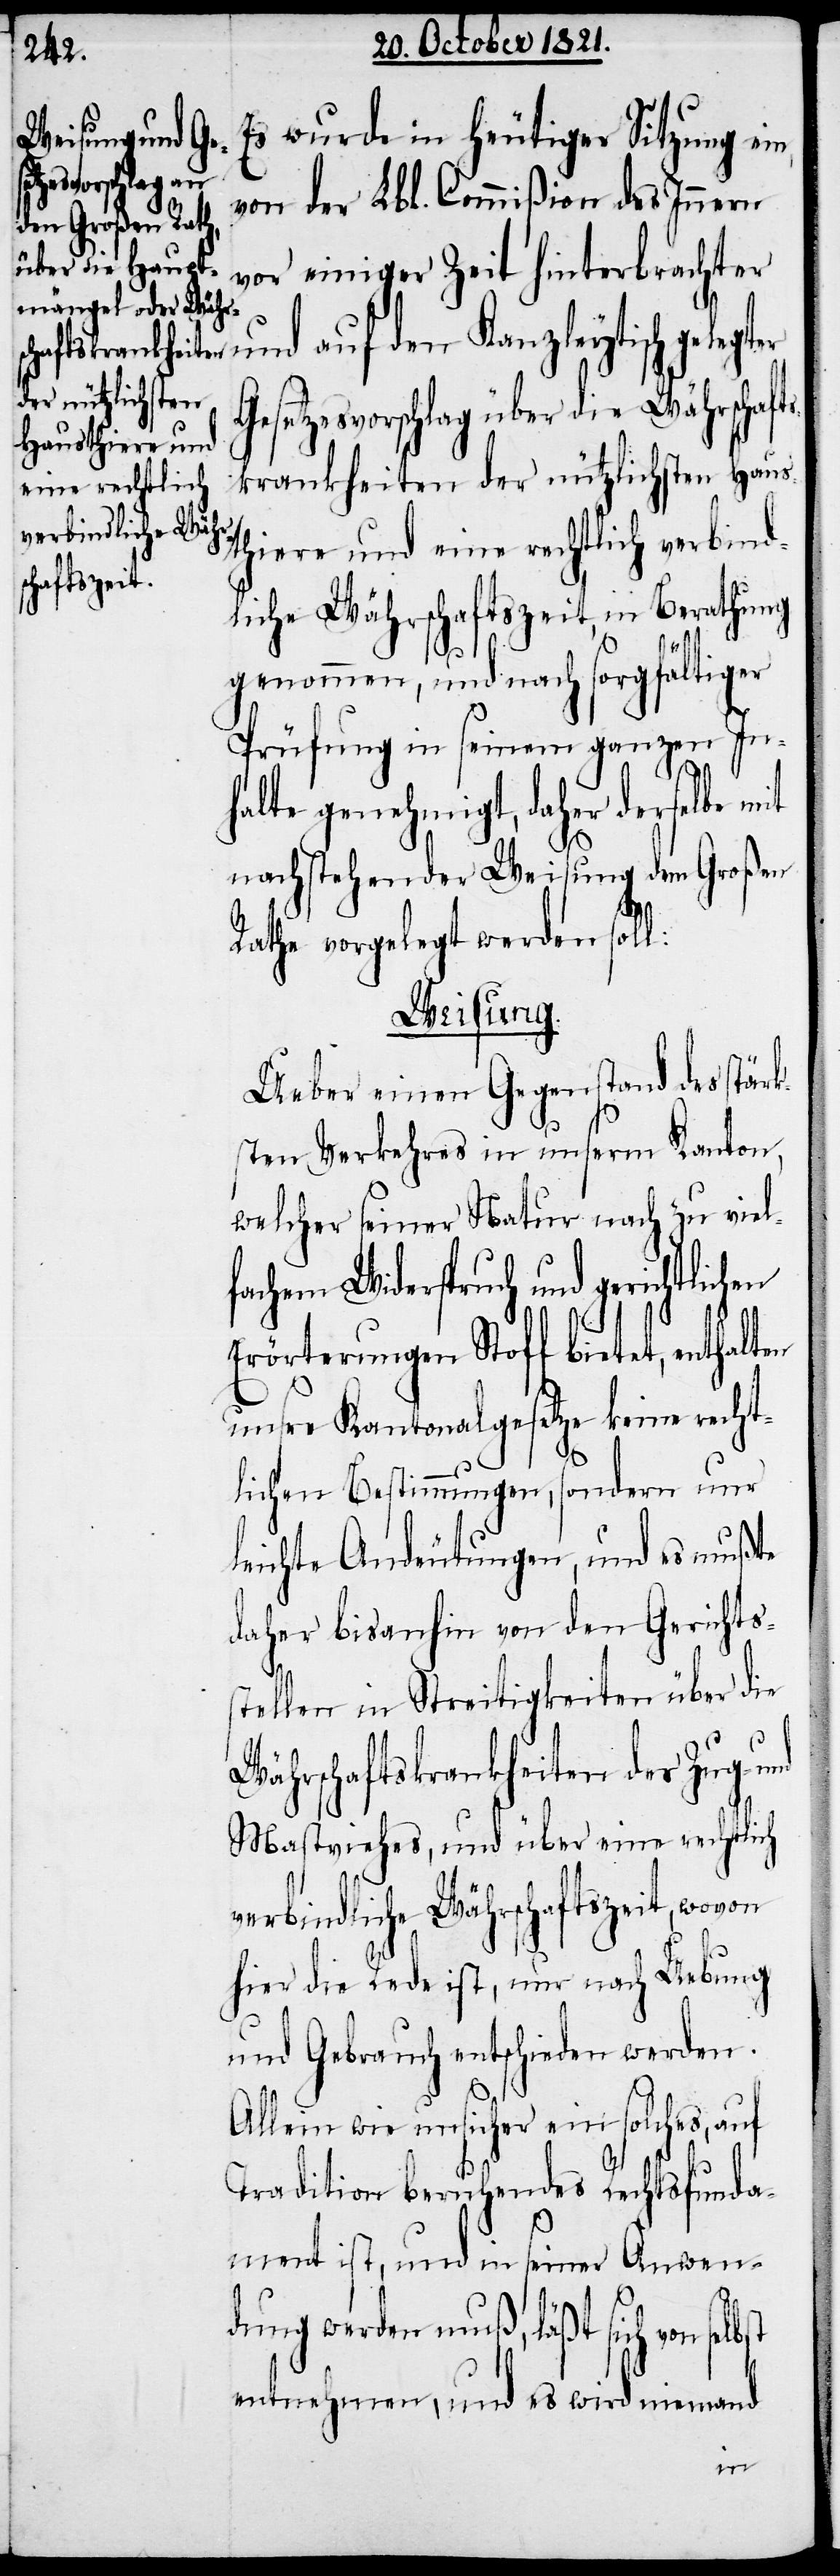
Es wurde in heutiger Sitzung ein,
von der Lbl. Commißion des Innern
vor einiger Zeit hinterbrachter
und auf den Kanzleytisch gele¬
setzesvorschlag über die Währschaft¬
skrankheiten der nützlichsten Haus¬
thiere und eine rechtlich verbind¬
liche Währschaftszeit, in Berathung
genommen, und nach sorgfältiger
Prüfung in seinem ganzen In¬
halte genehmigt, daher derselbe mit
nachstehender Weisung dem Großen
Ge¬
Rathe vorgelegt werden soll:
Weisung.
Ueber einen Gegenstand des stärk¬
sten Verkehrs in unserm Kanton,
welcher seiner Natur nach zu viel¬
fachem Widerspruch und gerichtlichen
Erörterungen Stoff bietet, enthalt¬
unsre Kantonalgesetze keine recht¬
lichen Bestimmungen, sondern nur
leichte Andeutungen, und es müßte
daher bis anhin von den Gerichts¬
tellen in Streitigkeiten über die
Währschaftskrankheiten des Zug-
Mastviehes, und über eine rechtlich
verbindliche Währschaftszeit, wovon
hier die Rede ist, nur nach Uebung
und Gebrauch entschieden werden.
Allein wie unsicher ein solches, auf
Tradition beruhendes Rechtsfunda¬
ment ist, und in seiner Anwen¬
dung werden muß, läßt sich von s¬
entnehmen, und es wird niemand
elbst